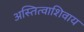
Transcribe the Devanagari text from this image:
अस्तित्वाशिवाय